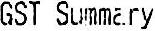
GST SUMMARY